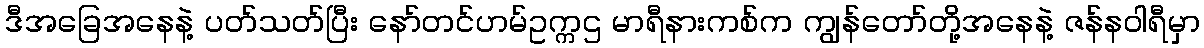
ဒီအခြေအနေနဲ့ ပတ်သတ်ပြီး နော်တင်ဟမ်ဥက္ကဌ မာရီနားကစ်က ကျွန်တော်တို့အနေနဲ့ ဇန်နဝါရီမှာ